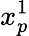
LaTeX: x_{p}^{1}